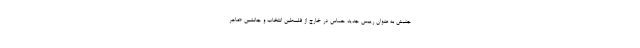
جنبش به عنوان رییس جدید حماس در خارج از فلسطین انتخاب و جانشین «ماهر